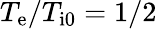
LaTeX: T_{\mathrm{e}}/T_{\mathrm{i0}}=1/2